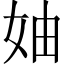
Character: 妯